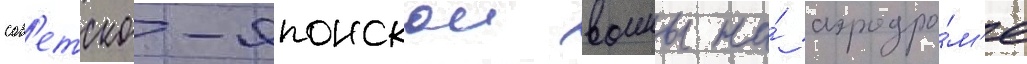
сов'етско-японскои воины на́ аэродро́м'е